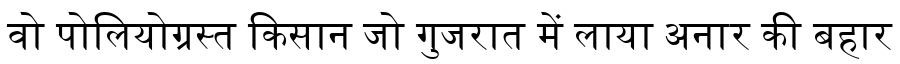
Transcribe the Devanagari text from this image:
वो पोलियोग्रस्त किसान जो गुजरात में लाया अनार की बहार